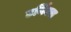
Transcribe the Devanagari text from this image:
टर्निक्स